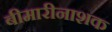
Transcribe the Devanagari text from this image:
बीमारीनाशक